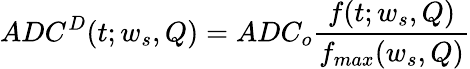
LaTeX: ADC^{D}(t;w_{s},Q)=ADC_{o}\frac{f(t;w_{s},Q)}{f_{max}(w_{s},Q)}